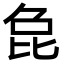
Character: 㲋